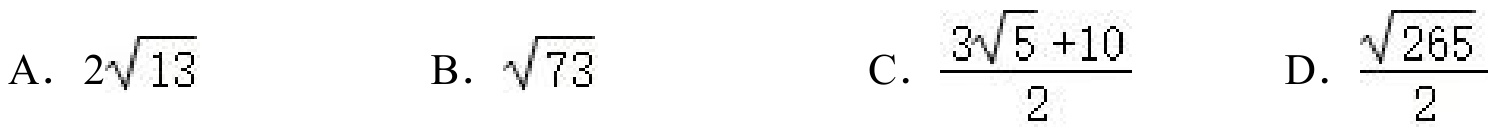
A. \(2\sqrt{13}\)  B. \(\sqrt{73}\)  C. \(\frac{3\sqrt{5}+10}{2}\)  D. \(\frac{\sqrt{265}}{2}\)